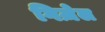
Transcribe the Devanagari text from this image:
गिज़ेल